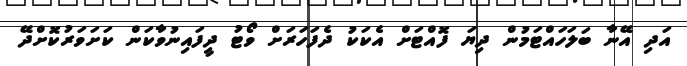
އަދި އޭނާ ބަލަހައްޓަމުން ދިޔަ ފޮއްޓަށް އެކަކު ދެފަހަރަށް ވޯޓު ދީފައިނުވާކަން ކަށަވަރުކޮށްދޭ